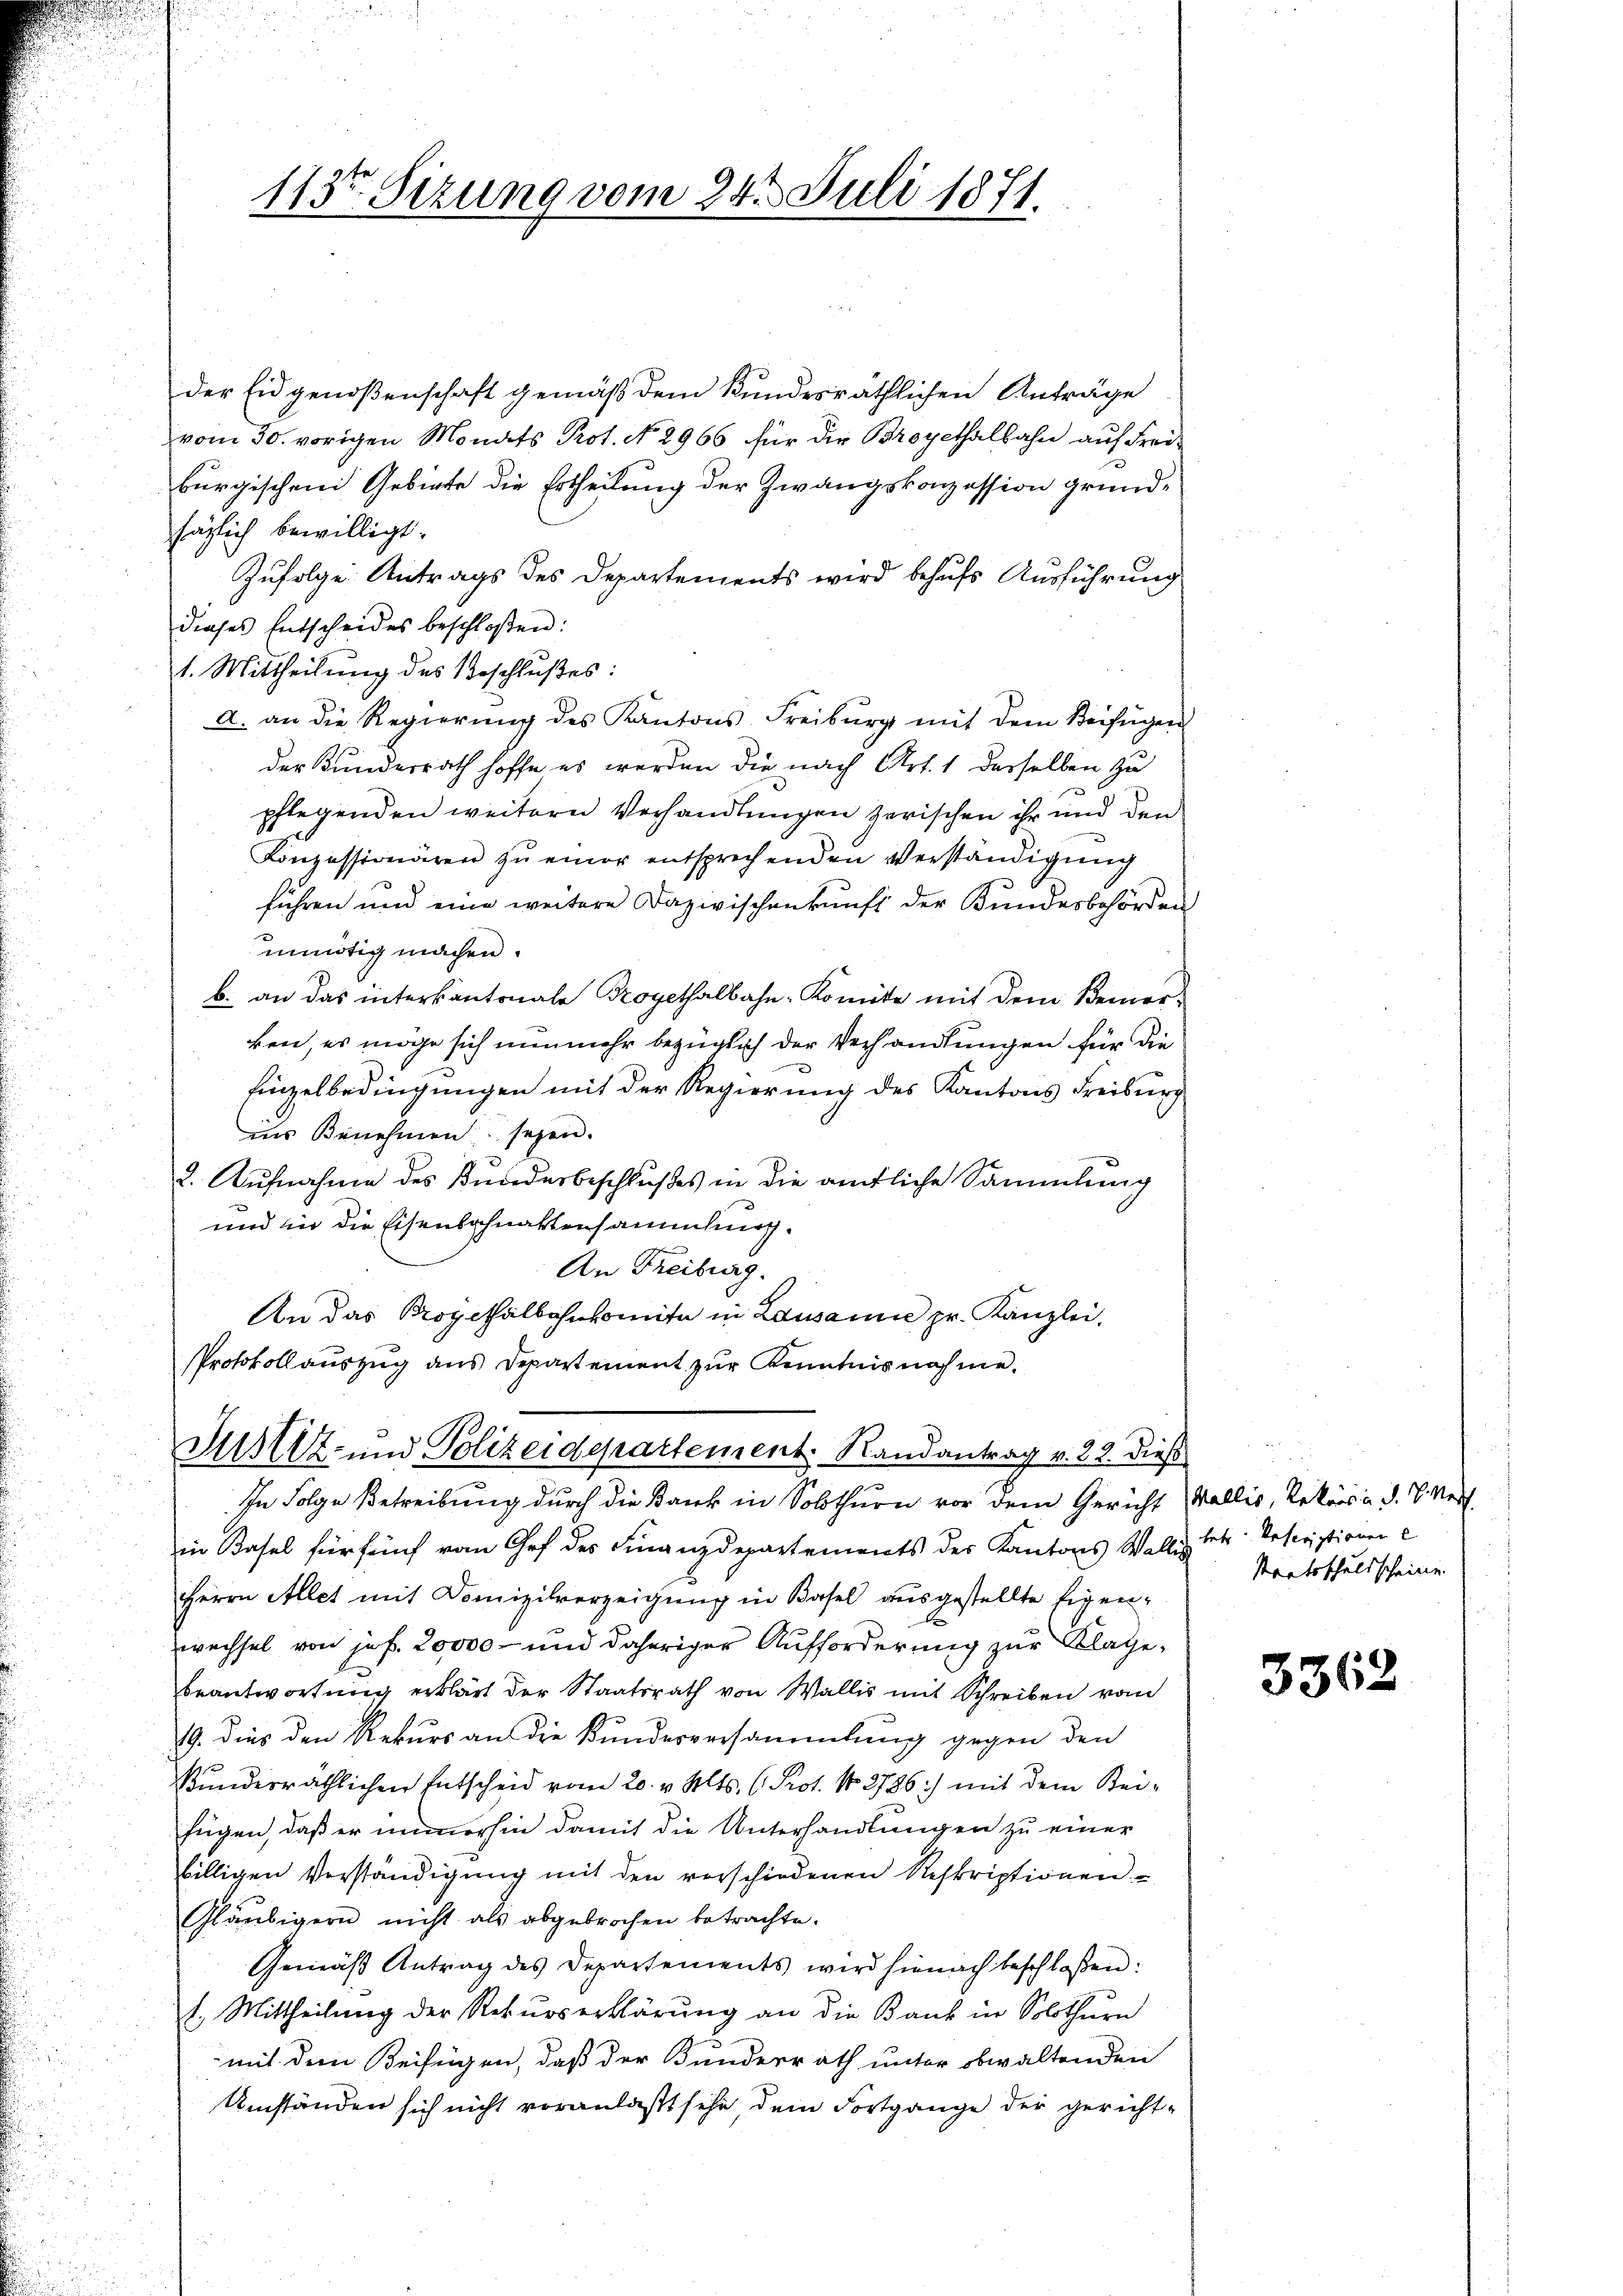
der Eidgenoßenschaft gemäß dem kundesräthlichen Anträge
vom 30. vorigen Monats Prot. No. 2966 für die Broyethalbahn auf Freiburgischen Gebiete die Ertheilung der Zwangskonzession grundsäglich bewilligt.
Zufolge Antrags des Departements wird behufs Ausführung
dieses Entscheides beschloßen:
1. Mittheilung des Beschlußes:
a. an die Regierŭng des Kantons Freiburg mit dem Beifügen
der Kunderrath hoffe es werden die nach Art. 1 desselben zu
pflegenden weitern Verhandlungen zerischen ihr und den
Konzessionären zŭ einer entsprechenden Verständigŭng
führen und eine weitere Dazwischenkunft der Bundesbehörden
unnötig machen.
b. an das interkantonale Broyethalbahn-Komite mit dem Bemer-
ken, es möge sich nunmehr bezüglich der Verhandlungen für die
Einzelbedingungen mit der Regierung des Kantons Freiburg
ins Benehmen seyen.
a
2. Aufnahme des Bundesbeschlußes in die amtliche Sammlung
und in die Eisenbahnaktensammlung.
An Freiburg.
An das Progeshalbahnkomite in Lausanne pr. Kanzlei.
Protokollauszug aus Departement zur Kenntnisnahme.

113ten Sizung vom 24. Juli 1871.

Justiz- und Polizeidepartement. Randantrag v. 22. dieß

In Folge Betreibung durch die Bank in Solothurn vor dem Gericht (Wallis, Rekurs d. d. B. Vert
in Basel für fünf vom Chef des Finanzdepartements des Kantons Wallis betr. Rescriptionen e
Herrn Allet mit Domizilverzeigung in Basel ausgestellte Eigenwechsel von jef. 20000 - und daheriger Aufforderung zur Klagebeantwortung erklärt der Staatsrath von Wallis mit Schreiben vom
19. Dies den Rekurs an die Kunderversammlung gegen den
kundesräthlichen Entscheid vom 20. v. Mts. (: Prot. No. 2786) mit dem Steifügen, daß er immerhin damit die Unterhandlungen zu einer
billigen Vorständigung mit den verschiedenen Reskriptionen
Gläubigern nicht als abgebrochen betrachte.
Gemäss Antrag des Departements wird hienach beschloßen:
1. Mittheilung der Rekurserklärung an die Bank in Solothurn
mit dem Beifügen, daß der Bunderrath unter obwaltenden
Umständen sich nicht veranlaßt sehe dem Fortgange der gericht-

Staatsschuldscheine.

3362